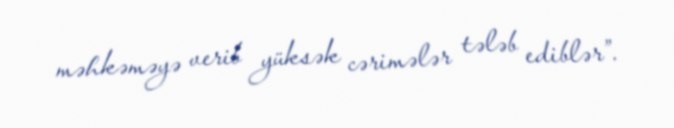
məhkəməyə verib yüksək cərimələr tələb ediblər”.